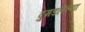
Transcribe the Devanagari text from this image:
दुमडलेल्या